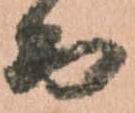
而